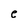
Character: e